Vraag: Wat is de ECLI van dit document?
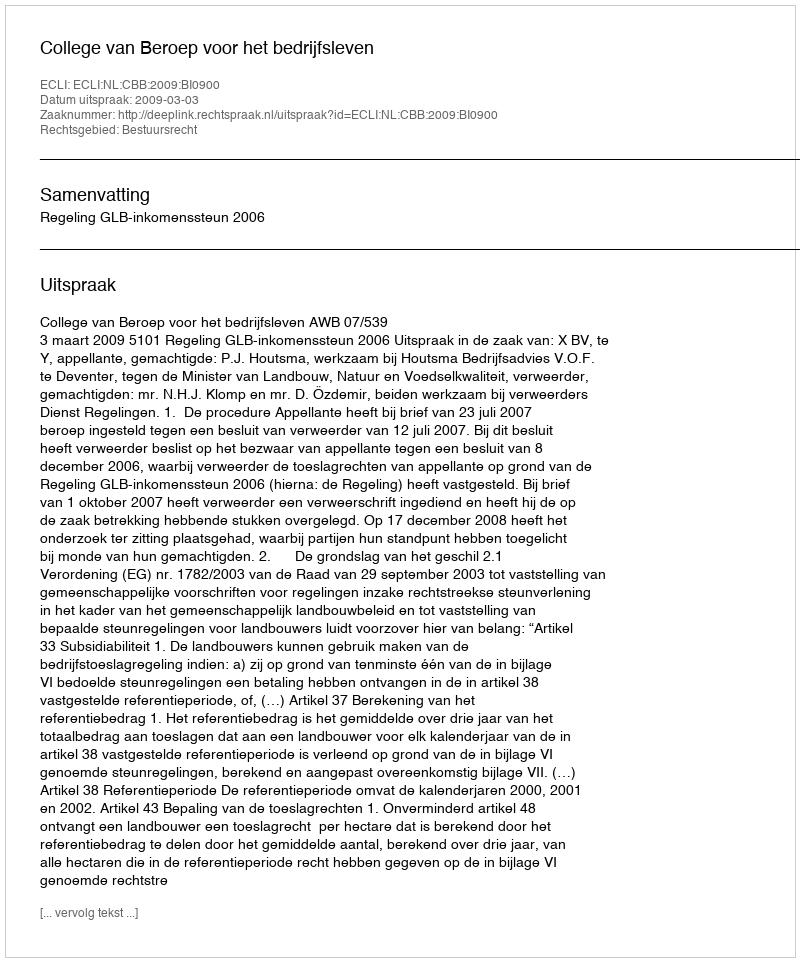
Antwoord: ECLI:NL:CBB:2009:BI0900